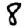
Digit: 8